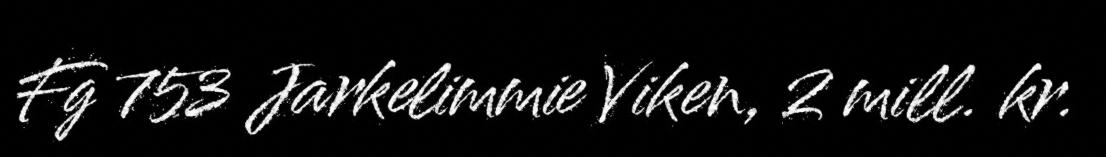
Fg 753 Jarkelimmie Viken, 2 mill. kr.